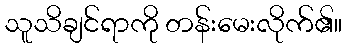
သူသိချင်ရာကို တန်းမေးလိုက်၏။